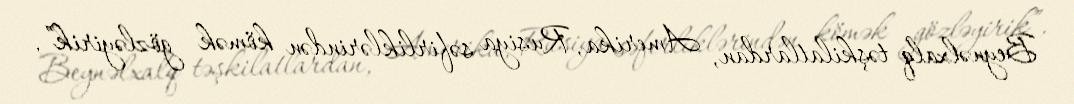
Beynəlxalq təşkilatlardan, Amerika, Rusiya səfirliklərindən kömək gözləyirik”,